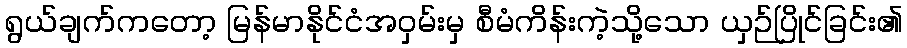
ရွယ်ချက်ကတော့ မြန်မာနိုင်ငံအဝှမ်းမှ စီမံကိန်းကဲ့သို့သော ယှဉ်ပြိုင်ခြင်း၏